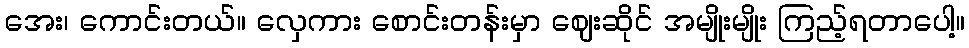
အေး၊ ကောင်းတယ်။ လှေကား စောင်းတန်းမှာ ဈေးဆိုင် အမျိုးမျိုး ကြည့်ရတာပေါ့။